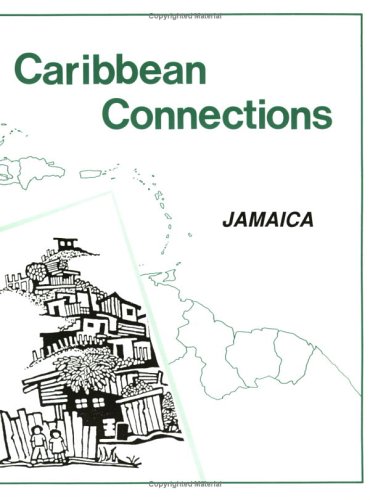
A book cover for Caribbean Connections: Jamaica (Caribbean Connections : Classroom Resources for Secondary Schools); Travel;